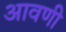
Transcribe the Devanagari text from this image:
आवणी